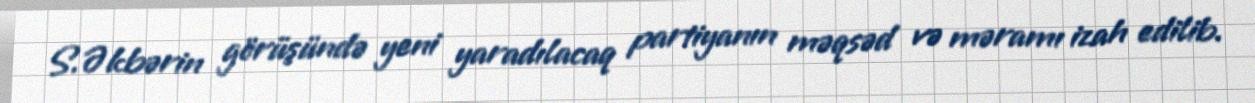
S.Əkbərin görüşündə yeni yaradılacaq partiyanın məqsəd və məramı izah edilib.